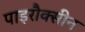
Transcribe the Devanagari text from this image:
पाइरौक्सीन